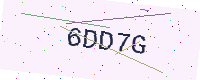
Text: 6DD7G